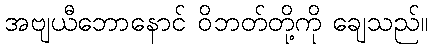
အဗျယီဘောနောင် ဝိဘတ်တို့ကို ချေသည်။